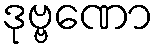
ဒုဗ္ဗဏော